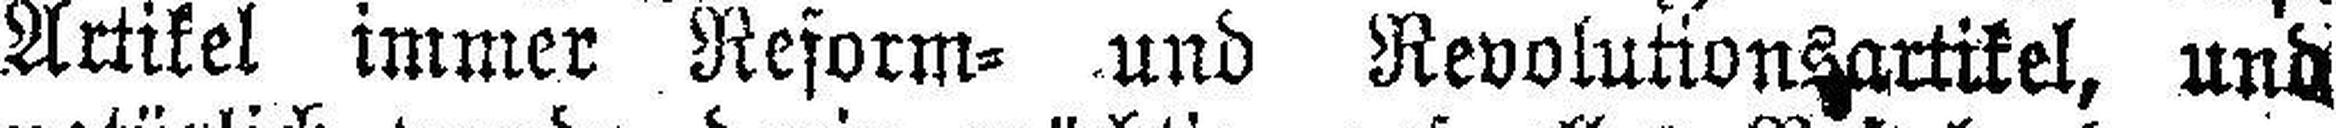
Artikel immer Reform= und Revolutionsartikel, und